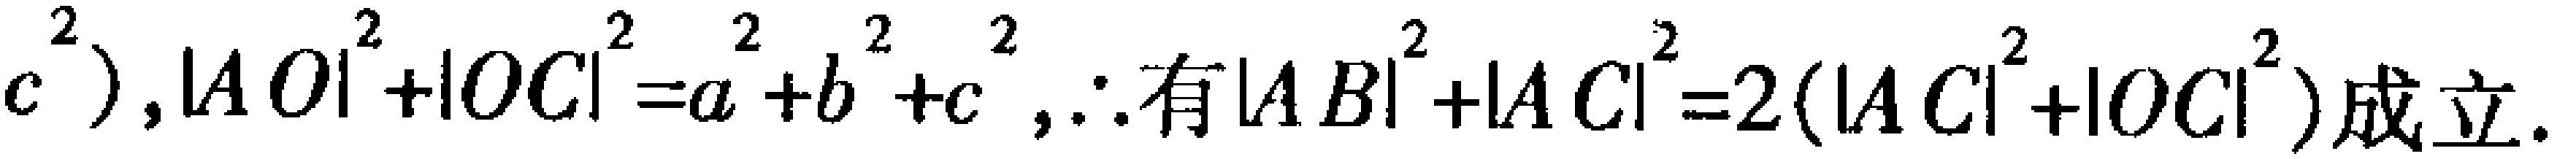
$c^{2}),|AO|^{2}+|OC|^{2}=a^{2}+b^{2}+c^{2},\therefore 有|AB|^{2}+|AC|^{2}=2(|AC|^{2}+|OC|^{2})成立.$